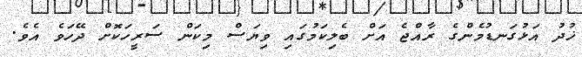
ޚުދު އަޅުގަނޑުމެންގެ ރާއްޖެ އަށް ބެލިކަމުގައި ވިޔަސް މިކަން ސަރީހަކޮށް ދޭހަވެ އެވެ.